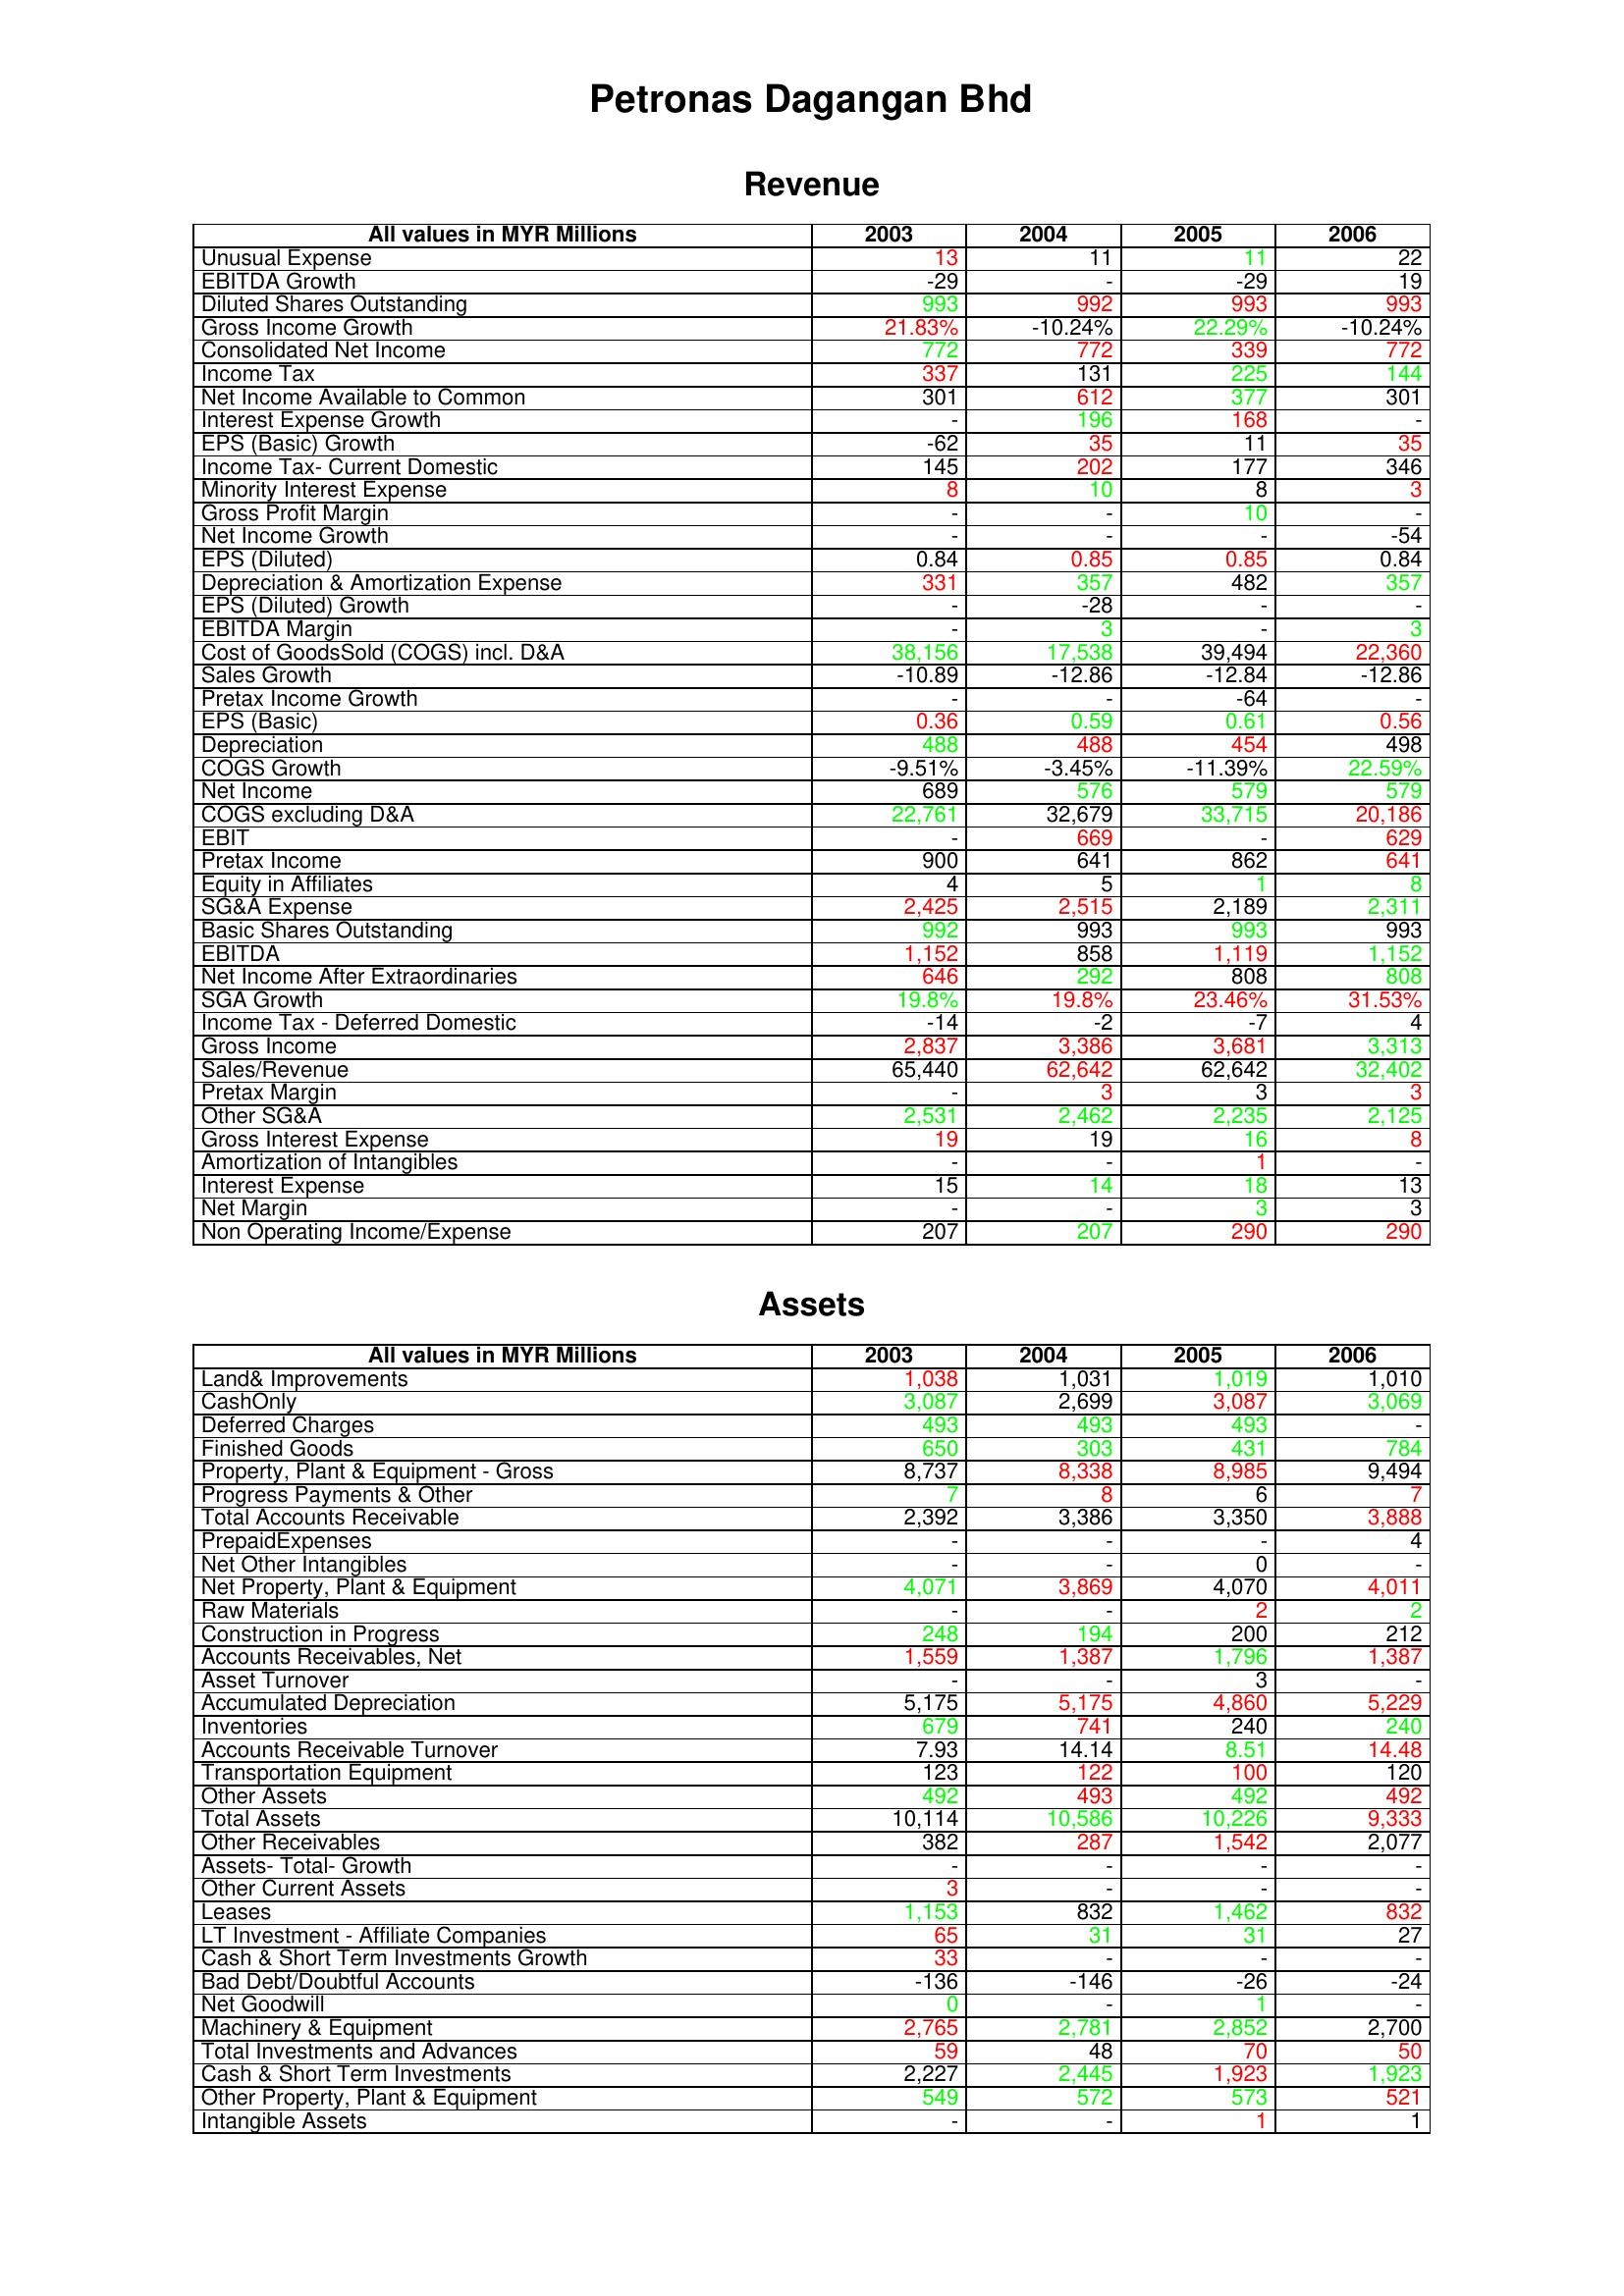
gt_parse: 2003: Revenue: Unusual Expense: 13
EBITDA Growth: -29
Diluted Shares Outstanding: 993
Gross Income Growth: 21.83%
Consolidated Net Income: 772
Income Tax: 337
Net Income Available to Common: 301
Interest Expense Growth: -
EPS (Basic) Growth: -62
Income Tax- Current Domestic: 145
Minority Interest Expense: 8
Gross Profit Margin: -
Net Income Growth: -
EPS (Diluted): 0.84
Depreciation & Amortization Expense: 331
EPS (Diluted) Growth: -
EBITDA Margin: -
Cost of GoodsSold (COGS) incl. D&A: 38,156
Sales Growth: -10.89
Pretax Income Growth: -
EPS (Basic): 0.36
Depreciation: 488
COGS Growth: -9.51%
Net Income: 689
COGS excluding D&A: 22,761
EBIT: -
Pretax Income: 900
Equity in Affiliates: 4
SG&A Expense: 2,425
Basic Shares Outstanding: 992
EBITDA: 1,152
Net Income After Extraordinaries: 646
SGA Growth: 19.8%
Income Tax - Deferred Domestic: -14
Gross Income: 2,837
Sales/Revenue: 65,440
Pretax Margin: -
Other SG&A: 2,531
Gross Interest Expense: 19
Amortization of Intangibles: -
Interest Expense: 15
Net Margin: -
Non Operating Income/Expense: 207
Assets: Land& Improvements: 1,038
CashOnly: 3,087
Deferred Charges: 493
Finished Goods: 650
Property, Plant & Equipment - Gross : 8,737
Progress Payments & Other: 7
Total Accounts Receivable: 2,392
PrepaidExpenses: -
Net Other Intangibles: -
Net Property, Plant & Equipment: 4,071
Raw Materials: -
Construction in Progress: 248
Accounts Receivables, Net: 1,559
Asset Turnover: -
Accumulated Depreciation: 5,175
Inventories: 679
Accounts Receivable Turnover: 7.93
Transportation Equipment: 123
Other Assets: 492
Total Assets: 10,114
Other Receivables: 382
Assets- Total- Growth: -
Other Current Assets: 3
Leases: 1,153
LT Investment - Affiliate Companies: 65
Cash & Short Term Investments Growth: 33
Bad Debt/Doubtful Accounts: -136
Net Goodwill: 0
Machinery & Equipment: 2,765
Total Investments and Advances: 59
Cash & Short Term Investments: 2,227
Other Property, Plant & Equipment: 549
Intangible Assets: -
2004: Revenue: Unusual Expense: 11
EBITDA Growth: -
Diluted Shares Outstanding: 992
Gross Income Growth: -10.24%
Consolidated Net Income: 772
Income Tax: 131
Net Income Available to Common: 612
Interest Expense Growth: 196
EPS (Basic) Growth: 35
Income Tax- Current Domestic: 202
Minority Interest Expense: 10
Gross Profit Margin: -
Net Income Growth: -
EPS (Diluted): 0.85
Depreciation & Amortization Expense: 357
EPS (Diluted) Growth: -28
EBITDA Margin: 3
Cost of GoodsSold (COGS) incl. D&A: 17,538
Sales Growth: -12.86
Pretax Income Growth: -
EPS (Basic): 0.59
Depreciation: 488
COGS Growth: -3.45%
Net Income: 576
COGS excluding D&A: 32,679
EBIT: 669
Pretax Income: 641
Equity in Affiliates: 5
SG&A Expense: 2,515
Basic Shares Outstanding: 993
EBITDA: 858
Net Income After Extraordinaries: 292
SGA Growth: 19.8%
Income Tax - Deferred Domestic: -2
Gross Income: 3,386
Sales/Revenue: 62,642
Pretax Margin: 3
Other SG&A: 2,462
Gross Interest Expense: 19
Amortization of Intangibles: -
Interest Expense: 14
Net Margin: -
Non Operating Income/Expense: 207
Assets: Land& Improvements: 1,031
CashOnly: 2,699
Deferred Charges: 493
Finished Goods: 303
Property, Plant & Equipment - Gross : 8,338
Progress Payments & Other: 8
Total Accounts Receivable: 3,386
PrepaidExpenses: -
Net Other Intangibles: -
Net Property, Plant & Equipment: 3,869
Raw Materials: -
Construction in Progress: 194
Accounts Receivables, Net: 1,387
Asset Turnover: -
Accumulated Depreciation: 5,175
Inventories: 741
Accounts Receivable Turnover: 14.14
Transportation Equipment: 122
Other Assets: 493
Total Assets: 10,586
Other Receivables: 287
Assets- Total- Growth: -
Other Current Assets: -
Leases: 832
LT Investment - Affiliate Companies: 31
Cash & Short Term Investments Growth: -
Bad Debt/Doubtful Accounts: -146
Net Goodwill: -
Machinery & Equipment: 2,781
Total Investments and Advances: 48
Cash & Short Term Investments: 2,445
Other Property, Plant & Equipment: 572
Intangible Assets: -
2005: Revenue: Unusual Expense: 11
EBITDA Growth: -29
Diluted Shares Outstanding: 993
Gross Income Growth: 22.29%
Consolidated Net Income: 339
Income Tax: 225
Net Income Available to Common: 377
Interest Expense Growth: 168
EPS (Basic) Growth: 11
Income Tax- Current Domestic: 177
Minority Interest Expense: 8
Gross Profit Margin: 10
Net Income Growth: -
EPS (Diluted): 0.85
Depreciation & Amortization Expense: 482
EPS (Diluted) Growth: -
EBITDA Margin: -
Cost of GoodsSold (COGS) incl. D&A: 39,494
Sales Growth: -12.84
Pretax Income Growth: -64
EPS (Basic): 0.61
Depreciation: 454
COGS Growth: -11.39%
Net Income: 579
COGS excluding D&A: 33,715
EBIT: -
Pretax Income: 862
Equity in Affiliates: 1
SG&A Expense: 2,189
Basic Shares Outstanding: 993
EBITDA: 1,119
Net Income After Extraordinaries: 808
SGA Growth: 23.46%
Income Tax - Deferred Domestic: -7
Gross Income: 3,681
Sales/Revenue: 62,642
Pretax Margin: 3
Other SG&A: 2,235
Gross Interest Expense: 16
Amortization of Intangibles: 1
Interest Expense: 18
Net Margin: 3
Non Operating Income/Expense: 290
Assets: Land& Improvements: 1,019
CashOnly: 3,087
Deferred Charges: 493
Finished Goods: 431
Property, Plant & Equipment - Gross : 8,985
Progress Payments & Other: 6
Total Accounts Receivable: 3,350
PrepaidExpenses: -
Net Other Intangibles: 0
Net Property, Plant & Equipment: 4,070
Raw Materials: 2
Construction in Progress: 200
Accounts Receivables, Net: 1,796
Asset Turnover: 3
Accumulated Depreciation: 4,860
Inventories: 240
Accounts Receivable Turnover: 8.51
Transportation Equipment: 100
Other Assets: 492
Total Assets: 10,226
Other Receivables: 1,542
Assets- Total- Growth: -
Other Current Assets: -
Leases: 1,462
LT Investment - Affiliate Companies: 31
Cash & Short Term Investments Growth: -
Bad Debt/Doubtful Accounts: -26
Net Goodwill: 1
Machinery & Equipment: 2,852
Total Investments and Advances: 70
Cash & Short Term Investments: 1,923
Other Property, Plant & Equipment: 573
Intangible Assets: 1
2006: Revenue: Unusual Expense: 22
EBITDA Growth: 19
Diluted Shares Outstanding: 993
Gross Income Growth: -10.24%
Consolidated Net Income: 772
Income Tax: 144
Net Income Available to Common: 301
Interest Expense Growth: -
EPS (Basic) Growth: 35
Income Tax- Current Domestic: 346
Minority Interest Expense: 3
Gross Profit Margin: -
Net Income Growth: -54
EPS (Diluted): 0.84
Depreciation & Amortization Expense: 357
EPS (Diluted) Growth: -
EBITDA Margin: 3
Cost of GoodsSold (COGS) incl. D&A: 22,360
Sales Growth: -12.86
Pretax Income Growth: -
EPS (Basic): 0.56
Depreciation: 498
COGS Growth: 22.59%
Net Income: 579
COGS excluding D&A: 20,186
EBIT: 629
Pretax Income: 641
Equity in Affiliates: 8
SG&A Expense: 2,311
Basic Shares Outstanding: 993
EBITDA: 1,152
Net Income After Extraordinaries: 808
SGA Growth: 31.53%
Income Tax - Deferred Domestic: 4
Gross Income: 3,313
Sales/Revenue: 32,402
Pretax Margin: 3
Other SG&A: 2,125
Gross Interest Expense: 8
Amortization of Intangibles: -
Interest Expense: 13
Net Margin: 3
Non Operating Income/Expense: 290
Assets: Land& Improvements: 1,010
CashOnly: 3,069
Deferred Charges: -
Finished Goods: 784
Property, Plant & Equipment - Gross : 9,494
Progress Payments & Other: 7
Total Accounts Receivable: 3,888
PrepaidExpenses: 4
Net Other Intangibles: -
Net Property, Plant & Equipment: 4,011
Raw Materials: 2
Construction in Progress: 212
Accounts Receivables, Net: 1,387
Asset Turnover: -
Accumulated Depreciation: 5,229
Inventories: 240
Accounts Receivable Turnover: 14.48
Transportation Equipment: 120
Other Assets: 492
Total Assets: 9,333
Other Receivables: 2,077
Assets- Total- Growth: -
Other Current Assets: -
Leases: 832
LT Investment - Affiliate Companies: 27
Cash & Short Term Investments Growth: -
Bad Debt/Doubtful Accounts: -24
Net Goodwill: -
Machinery & Equipment: 2,700
Total Investments and Advances: 50
Cash & Short Term Investments: 1,923
Other Property, Plant & Equipment: 521
Intangible Assets: 1